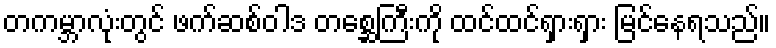
တကမ္ဘာလုံးတွင် ဖက်ဆစ်ဝါဒ တစ္ဆေကြီးကို ထင်ထင်ရှားရှား မြင်နေရသည်။